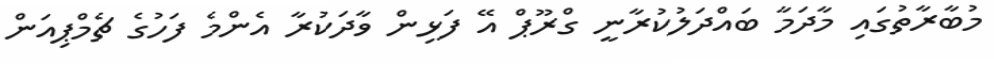
މުބާރާތުގައި މާދަމާ ބައްދަލުކުރާނީ ގްރޫޕް އޭ ފަޅިން ވާދަކުރާ އެންމެ ފަހުގެ ޗެމްޕިއަން